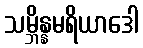
သမ္ဘိန္နမရိယာဒေါ